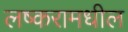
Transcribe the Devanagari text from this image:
लष्करामधील